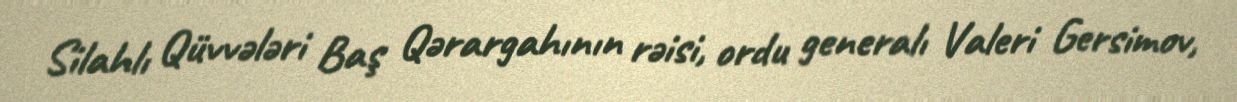
Silahlı Qüvvələri Baş Qərargahının rəisi, ordu generalı Valeri Gersimov,